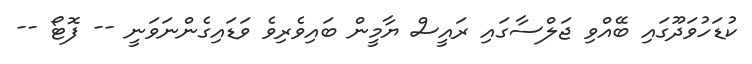
ކުޑަހުވަދޫގައި ބޭއްވި ޖަލްސާގައި ރައީސް ޔާމީން ބައިވެރިވެ ވަޑައިގެންނަވަނީ -- ފޮޓޯ --